Statistics of inoculations with Haffkine's anti-plague vaccine 1897-1900
Year: 1897
Disease focus: Plague
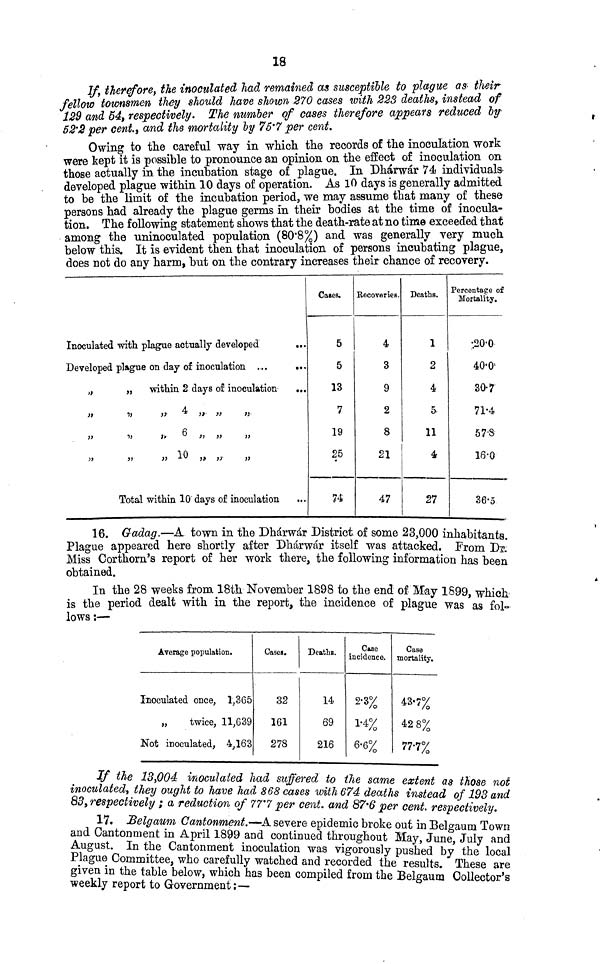
18
If, therefore, the inoculated had remained as susceptible to plague as their
fellow townsmen they should have shown 270 cases with 223 deaths, instead of
129 and 54, respectively. The number of cases therefore appears reduced by
52.2 per cent., and the mortality by 75.7 per cent.
Owing to the careful way in which the records of the inoculation work
were kept it is possible to pronounce an opinion on the effect of inoculation on
those actually in the incubation stage of plague. In Dhárwár 74 individuals
developed plague within 10 days of operation. As 10 days is generally admitted
to be the limit of the incubation period, we may assume that many of these
persons had already the plague germs in their bodies at the time of inocula-
tion. The following statement shows that the death-rate at no time exceeded that
among the uninoculated population (80.8%) and was generally very much
below this. It is evident then that inoculation of persons incubating plague,
does not do any harm, but on the contrary increases their chance of recovery.
Inoculated with plague actually developed
...
Developed plague on day of inoculation ....
...
„
„
within 2 days of inoculation
...
,,
,,
4
,,
,,
,,
,,
o
,,
,,
,,
6
,,
,,
,,
,,
,,
,,
10
,,
,,
,,
Total within 10 days of inoculation
Cases.
5
5
13
7
19
25
74
Recoveries.
4
3
9
2
8
21
47
Deaths.
1
2
4
5
11
4
27
Percentage of
Mortality.
20-0
40.0
30.7
71.4
57-8
16-0
36.5
16. Gadag.—A town in the Dhárwár District of some 23,000 inhabitants.
Plague appeared here shortly after Dhárwár itself was attacked. From Dr.
Miss Corthorn's report of her work there, the following information has been
obtained.
In the 28 weeks from 18th November 1898 to the end of May 1899, which
is the period dealt with in the report, the incidence of plague was as fol
lows :—
Average population.
Inoculated once, 1,365
„
twice, 11,639
Not inoculated, 4,163
Cases.
32
161
278
Deaths.
14
69
216
Cose
incidence.
2.3%
1.4%
6.6%
Case
mortality.
43.7%
42 8%
77.7%
If
the
13,004 inoculated had suffered to the same extent as those not
inoculated, they ought to have had 868 cases with 674 deaths instead of 193 and
83, respectively ; a reduction of 77.7 per cent. and 87.6 per cent. respectively.
17. Selgamm Cantonment.—A severe epidemic broke out in Belgaum Town
and Cantonment m April 1899 and continued throughout May, June, July and
August. In the Cantonment inoculation was vigorously pushed by the local
Plague Committee, who carefully watched and recorded the results These are
given in the table below, which has been compiled from the Belgaum Collector's